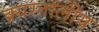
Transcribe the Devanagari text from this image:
क्र्यस्तालीय